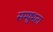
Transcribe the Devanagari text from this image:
सम्प्रुभता